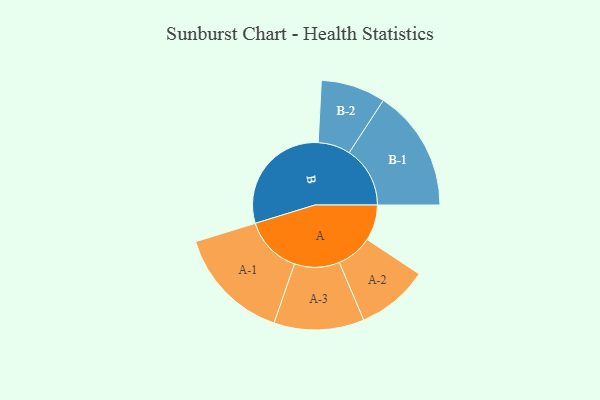
{"axis": {"x": "Segment", "y": "Value"}, "legend": ["", "A", "B"], "data": [{"x": "A", "y": 152, "type": ""}, {"x": "B", "y": 499, "type": ""}, {"x": "A-1", "y": 244, "type": "A"}, {"x": "A-2", "y": 152, "type": "A"}, {"x": "A-3", "y": 191, "type": "A"}, {"x": "B-1", "y": 258, "type": "B"}, {"x": "B-2", "y": 137, "type": "B"}]}